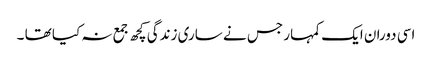
اسی دوران ایک کمہار جس نے ساری زندگی کچھ جمع نہ کیا تھا ۔